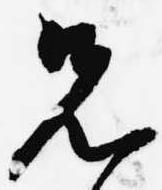
先